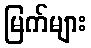
မြက်များ